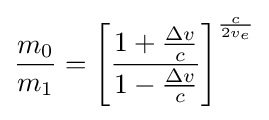
{\frac {m_{0}}{m_{1}}}=\left[{\frac {1+{\frac {\Delta v}{c}}}{1-{\frac {\Delta v}{c}}}}\right]^{\frac {c}{2v_{e}}}